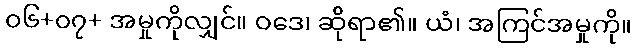
၀၆+၀၇+ အမှုကိုလျှင်။ ဝဒေ၊ ဆိုရာ၏။ ယံ၊ အကြင်အမှုကို။